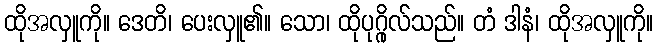
ထိုအလှူကို။ ဒေတိ၊ ပေးလှူ၏။ သော၊ ထိုပုဂ္ဂိုလ်သည်။ တံ ဒါနံ၊ ထိုအလှူကို။